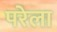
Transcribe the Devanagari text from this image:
परेला